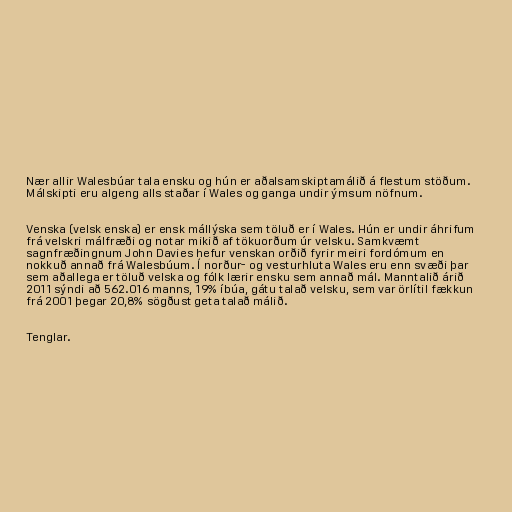
Nær allir Walesbúar tala ensku og hún er aðalsamskiptamálið á flestum stöðum.
Málskipti eru algeng alls staðar í Wales og ganga undir ýmsum nöfnum.

Venska (velsk enska) er ensk mállýska sem töluð er í Wales. Hún er undir áhrifum
frá velskri málfræði og notar mikið af tökuorðum úr velsku. Samkvæmt
sagnfræðingnum John Davies hefur venskan orðið fyrir meiri fordómum en
nokkuð annað frá Walesbúum. Í norður- og vesturhluta Wales eru enn svæði þar
sem aðallega er töluð velska og fólk lærir ensku sem annað mál. Manntalið árið
2011 sýndi að 562.016 manns, 19% íbúa, gátu talað velsku, sem var örlítil fækkun
frá 2001 þegar 20,8% sögðust geta talað málið.

Tenglar.